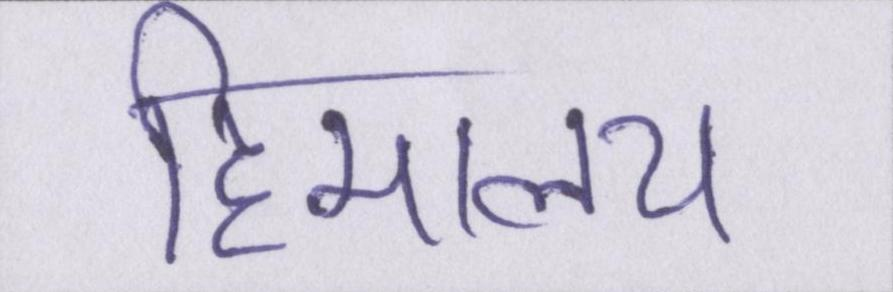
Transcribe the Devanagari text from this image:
हिमालय